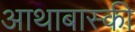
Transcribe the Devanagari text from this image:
आथाबास्की